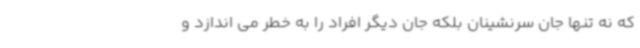
که نه تنها جان سرنشینان بلکه جان دیگر افراد را به خطر می اندازد و